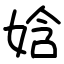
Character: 娢